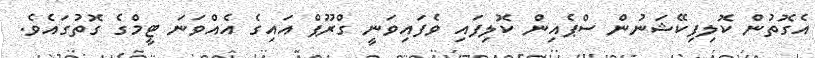
އެގޮތުން ކޮލިފިކޭޝަނުން ސްޕެއިން ކޮލިފައި ވެފައިވަނީ ގްރޫޕް އައިގެ އެއްވަނަ ޓީމްގެ ގޮތުގައެވެ.